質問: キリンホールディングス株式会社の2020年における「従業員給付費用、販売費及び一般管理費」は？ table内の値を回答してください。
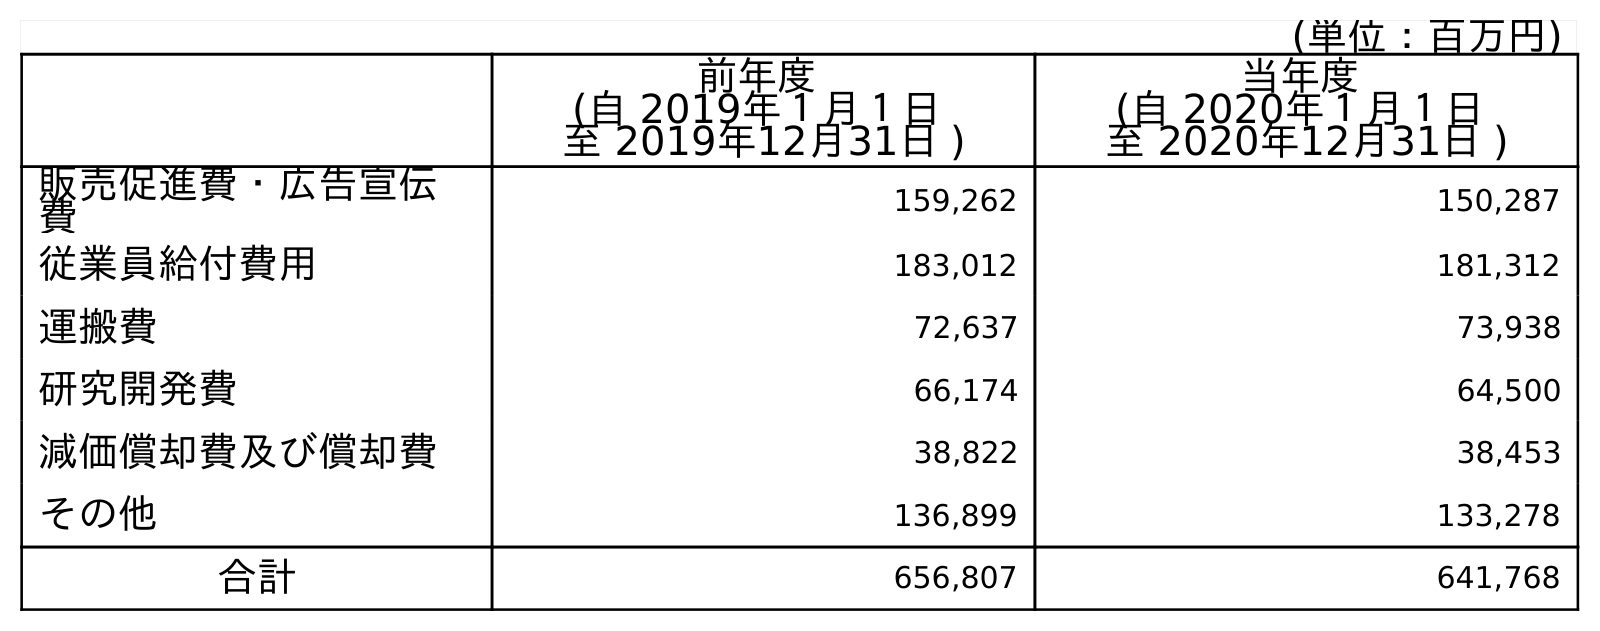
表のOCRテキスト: (単位：百万円) 前年度 (自 2019年１月１日 至 2019年12月31日 ) 当年度 (自 2020年１月１日 至 2020年12月31日 ) 販売促進費・広告宣伝 費 159,262 150,287 従業員給付費用 183,012 181,312 運搬費 72,637 73,938 研究開発費 66,174 64,500 減価償却費及び償却費 38,822 38,453 その他 136,899 133,278 合計 656,807 641,768
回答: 181,312